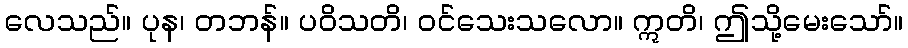
လေသည်။ ပုန၊ တဘန်။ ပဝိသတိ၊ ဝင်သေးသလော။ ဣတိ၊ ဤသို့မေးသော်။